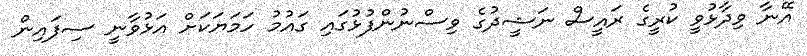
އޭނާ ވިދާޅުވީ ކުރީގެ ރައީސް ނަޝީދުގެ ވިސްނުންފުޅުގައި ގައުމު ހަމަޔަކަށް އަޅުވާނީ ސިފައިން